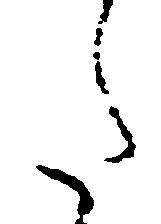
た